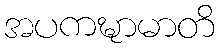
အပကဍ္ဎာမာတိ